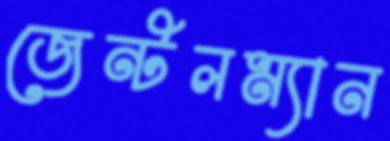
জেন্টলম্যান